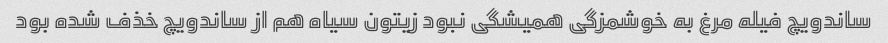
ساندویچ فیله مرغ به خوشمزگی همیشگی نبود زیتون سیاه هم از ساندویچ خذف شده بود